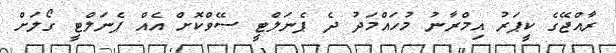
ރާއްޖޭގެ ކީޕަރު އިމްރާނު މުހައްމަދު ދެ ޕެނަލްޓީ ސޭވްކޮށް އެއް ޕެނަލްޓީ ގޯލަށް